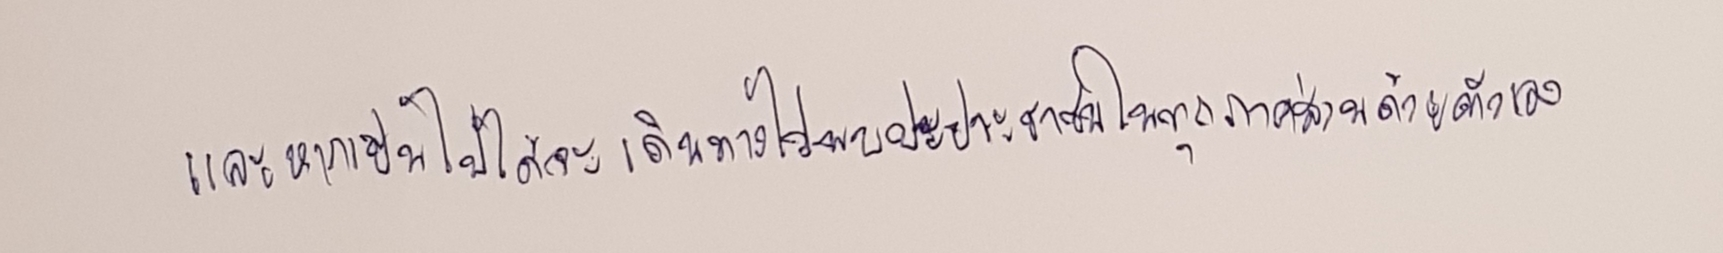
และหากเป็นไปได้จะเดินทางไปพบปะประชาชนในทุกภาคส่วนด้วยตัวเอง